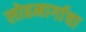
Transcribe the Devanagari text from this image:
लोहमार्गाचा